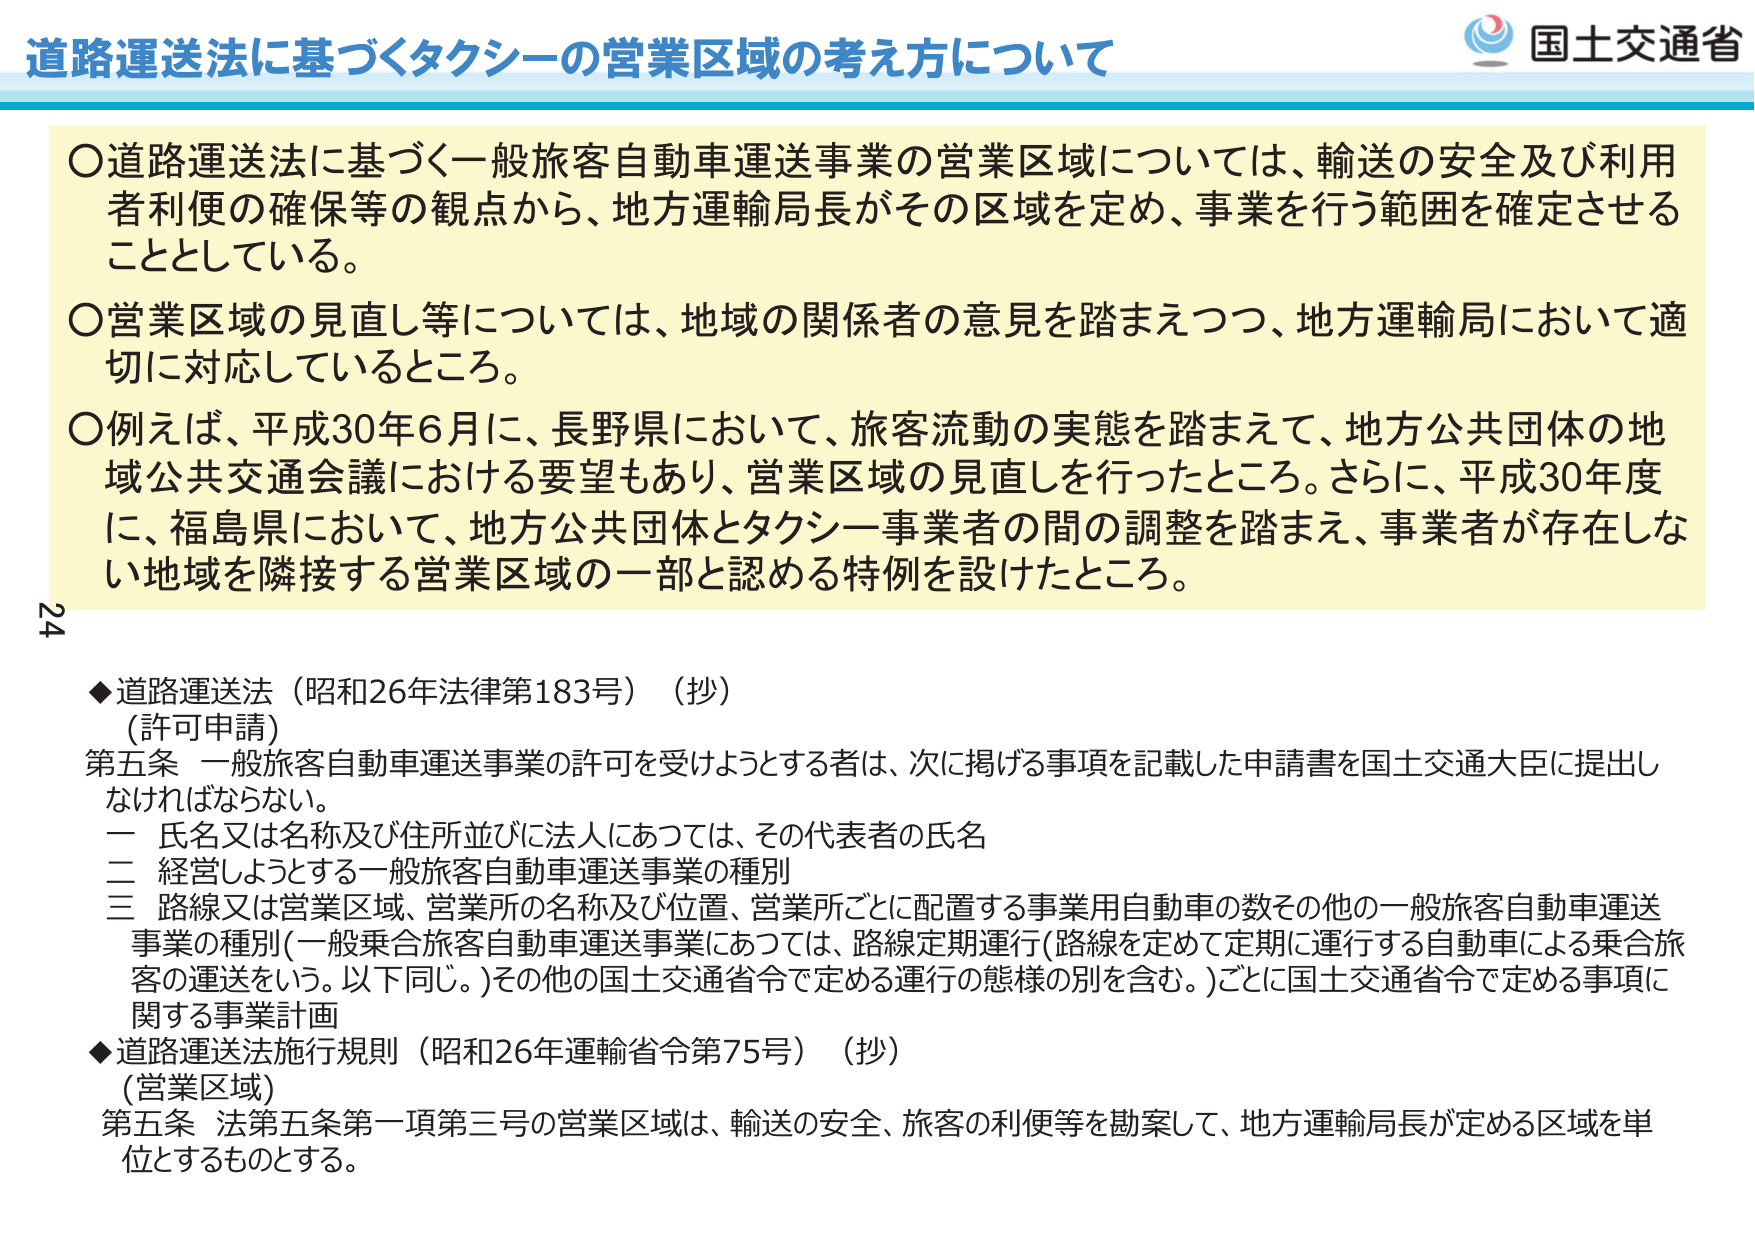
道路運送法に基づくタクシーの営業区域の考え方について

○道路運送法に基づく一般旅客自動車運送事業の営業区域については、輸送の安全及び利用者利便の確保等の観点から、地方運輸局長がその区域を定め、事業を行う範囲を確定させることとしている。

○営業区域の見直し等については、地域の関係者の意見を踏まえつつ、地方運輸局において適切に対応しているところ。

○例えば、平成30年6月に、長野県において、旅客流動の実態を踏まえて、地方公共団体の地域公共交通会議における要望もあり、営業区域の見直しを行ったところ。さらに、平成30年度に、福島県において、地方公共団体とタクシー事業者の間の調整を踏まえ、事業者が存在しない地域を隣接する営業区域の一部と認める特例を設けたところ。

◆道路運送法（昭和26年法律第183号）（抄）
（許可申請）
第五条 一般旅客自動車運送事業の許可を受けようとする者は、次に掲げる事項を記載した申請書を国土交通大臣に提出しなければならない。
一 氏名又は名称及び住所並びに法人にあつては、その代表者の氏名
二 経営しようとする一般旅客自動車運送事業の種別
三 路線又は営業区域、営業所の名称及び位置、営業所ごとに配置する事業用自動車の数その他の一般旅客自動車運送事業の種別（一般乗合旅客自動車運送事業にあつては、路線定期運行（路線を定めて定期に運行する自動車による乗合旅客の運送をいう。以下同じ。）その他の国土交通省令で定める運行の態様の別を含む。）ごとに国土交通省令で定める事項に関する事業計画

◆道路運送法施行規則（昭和26年運輸省令第75号）（抄）
（営業区域）
第五条 法第五条第一項第三号の営業区域は、輸送の安全、旅客の利便等を勘案して、地方運輸局長が定める区域を単位とするものとする。

24

国土交通省